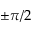
\pm \pi / 2